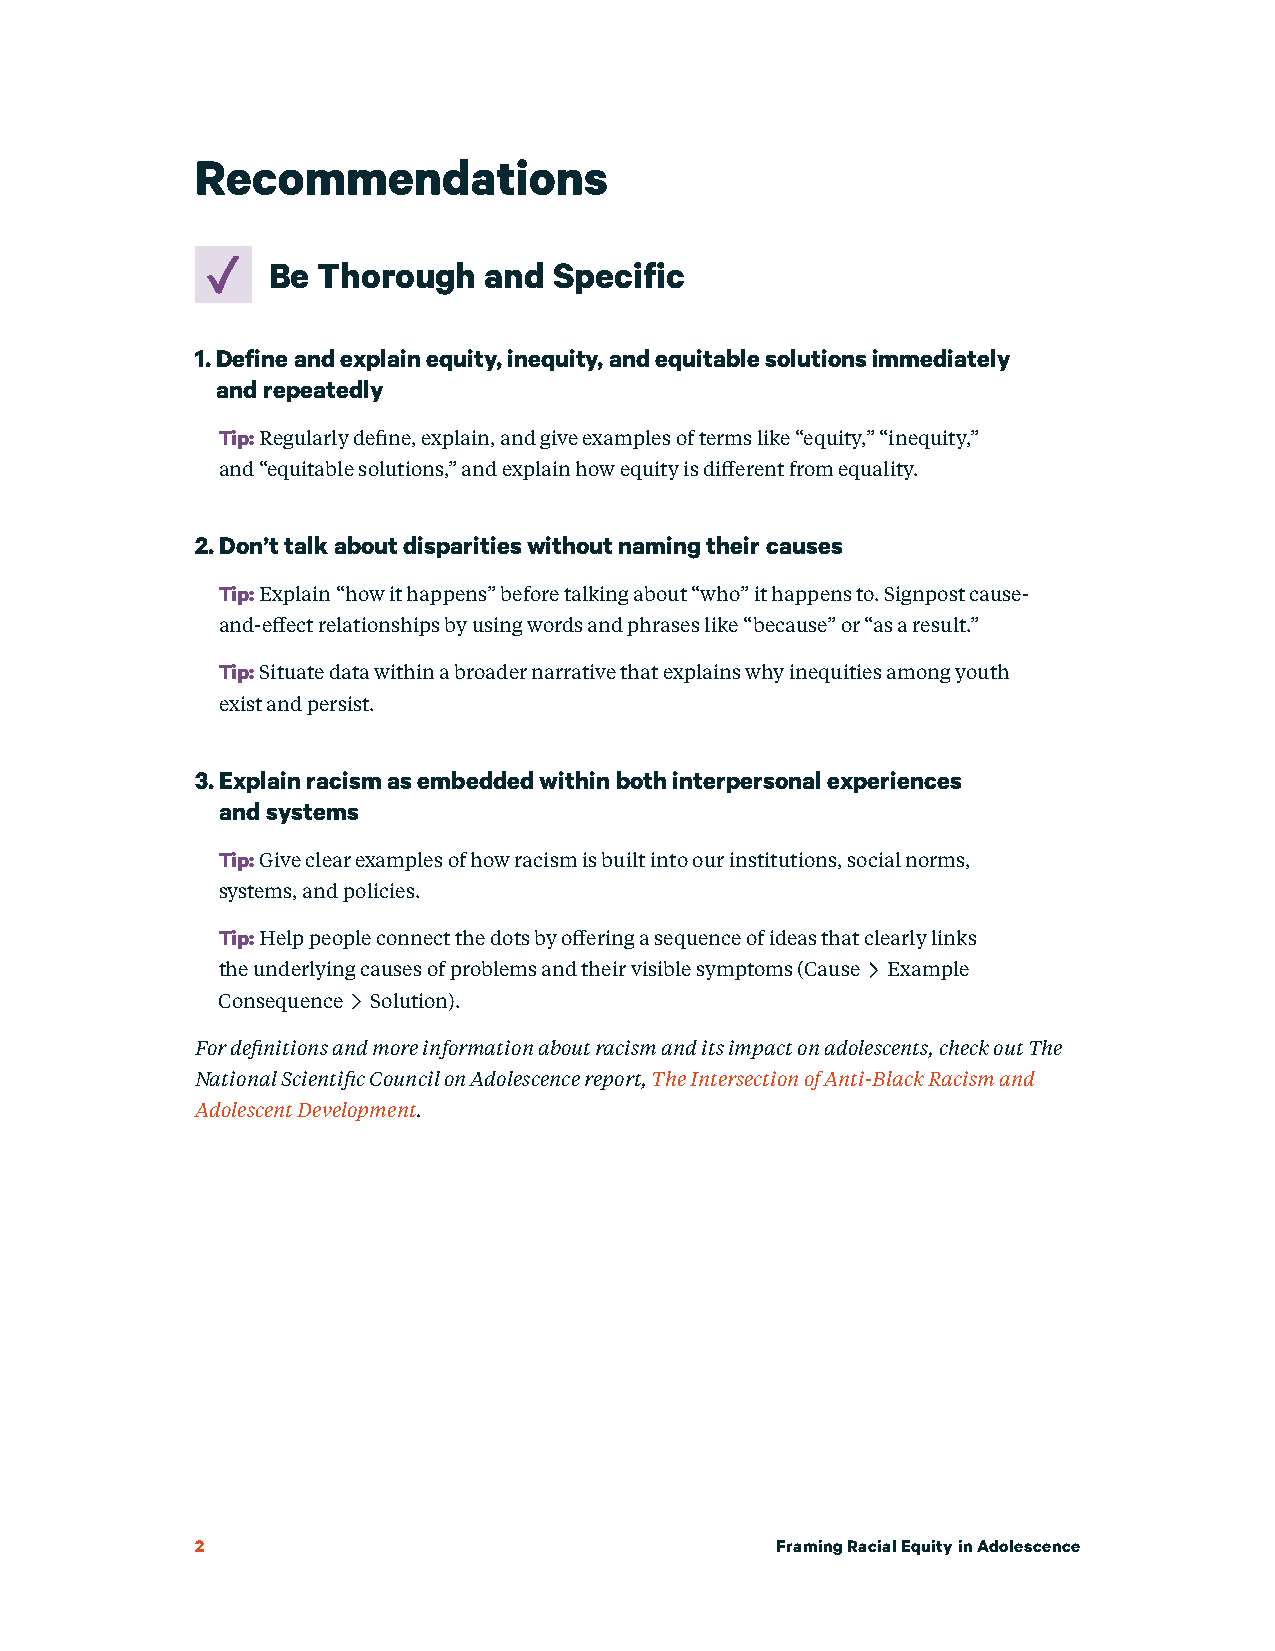
Recommendations
 Be Thorough   and  Specific
 1. Define and explain equity, inequity, and equitable solutions immediately
 and repeatedly
 Tip: Regularly define, explain, and give examples of terms like “equity,” “inequity,”
 and “equitable solutions,” and explain how equity is different from equality.
 2. Don’t talk about disparities without naming their causes
 Tip: Explain “how it happens” before talking about “who” it happens to. Signpost cause-
 and-effect relationships by using words and phrases like “because” or “as a result.”
 Tip: Situate data within a broader narrative that explains why inequities among youth
 exist and persist.
 3. Explain racism as embedded within both interpersonal experiences
 and systems
 Tip: Give clear examples of how racism is built into our institutions, social norms,
 systems, and policies.
 Tip: Help people connect the dots by offering a sequence of ideas that clearly links
 the underlying causes of problems and their visible symptoms (Cause Example🡪
 Consequence Solution).
 For definitions and more information about racism and its impact on adolescents, check out The
 National Scientific Council on Adolescence report, The Intersection of Anti-Black Racism and
 Adolescent Development.
 2                                     Framing Racial Equity in Adolescence